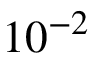
1 0 ^ { - 2 }